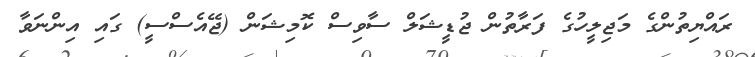
ރައްޔިތުންގެ މަޖިލީހުގެ ފަރާތުން ޖުޑީޝަލް ސާވިސް ކޮމިޝަން (ޖޭއެސްސީ) ގައި އިންނަވާ